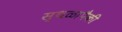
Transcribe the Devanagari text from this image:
स्थळापैकी